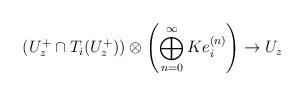
LaTeX: \begin{align*} (U_z^+\cap T_i(U_z^+))\otimes\left(\bigoplus_{n=0}^\infty K e_i^{(n)}\right)\to U_z\end{align*}